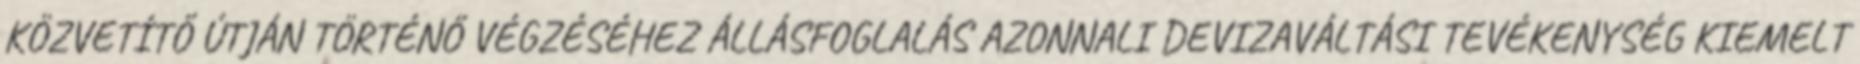
KÖZVETÍTŐ ÚTJÁN TÖRTÉNŐ VÉGZÉSÉHEZ ÁLLÁSFOGLALÁS AZONNALI DEVIZAVÁLTÁSI TEVÉKENYSÉG KIEMELT